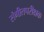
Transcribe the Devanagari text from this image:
संगीतपरीक्षक